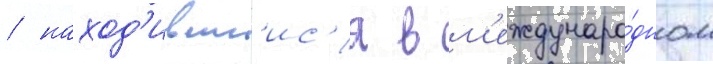
/ наход'ившиис'я в м'еждунаро́дном